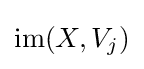
{\text{im}}(X,V_{j})